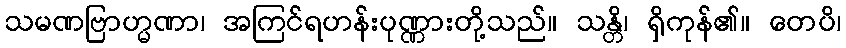
သမဏဗြာဟ္မဏာ၊ အကြင်ရဟန်းပုဏ္ဏားတို့သည်။ သန္တိ၊ ရှိကုန်၏။ တေပိ၊